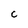
Character: C